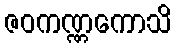
ဇဝကဏ္ဏကောသိ